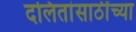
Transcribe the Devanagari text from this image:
दलितांसाठींच्या